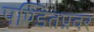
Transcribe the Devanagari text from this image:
पण्डितप्रवर